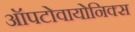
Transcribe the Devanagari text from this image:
ऑपटोवायोनिक्स